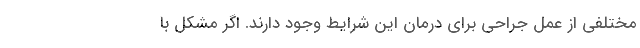
مختلفی از عمل جراحی برای درمان این شرایط وجود دارند. اگر مشکل با